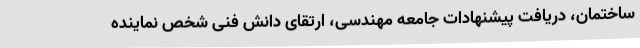
ساختمان، دریافت پیشنهادات جامعه مهندسی، ارتقای دانش فنی شخص نماینده